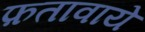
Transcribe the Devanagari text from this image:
फ़तावाये